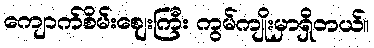
ကျောက်စိမ်းဈေးကြီး ကွမ်ကျိုးမှာရှိတယ်။